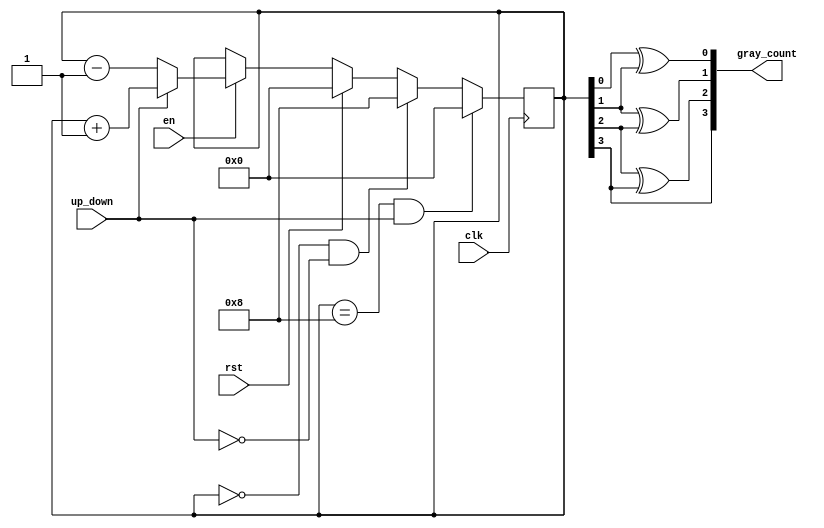
module gray_counter (
    input wire clk,  // Clock signal
    input wire rst,  // Reset signal
    input wire en,   // Enable signal
    input wire up_down,  // Up/Down signal
    output reg [3:0] gray_count  // Gray counter output
);

reg [3:0] count;

always @(posedge clk) begin
    if (rst) begin
        count <= 4'b0000;
    end else if (en) begin
        if (up_down) begin
            count <= count + 4'b0001;  // Increment
        end else begin
            count <= count - 4'b0001;  // Decrement
        end
    end
    
    // Detect maximum or minimum value and loop back
    if (count == 4'b1000 && up_down) begin
        count <= 4'b0000;
    end else if (count == 4'b0000 && !up_down) begin
        count <= 4'b1000;
    end
end

// Gray code conversion
assign gray_count[0] = count[0] ^ count[1];
assign gray_count[1] = count[1] ^ count[2];
assign gray_count[2] = count[2] ^ count[3];
assign gray_count[3] = count[3];

endmodule